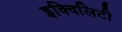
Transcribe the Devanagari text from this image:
इक्विलिटी